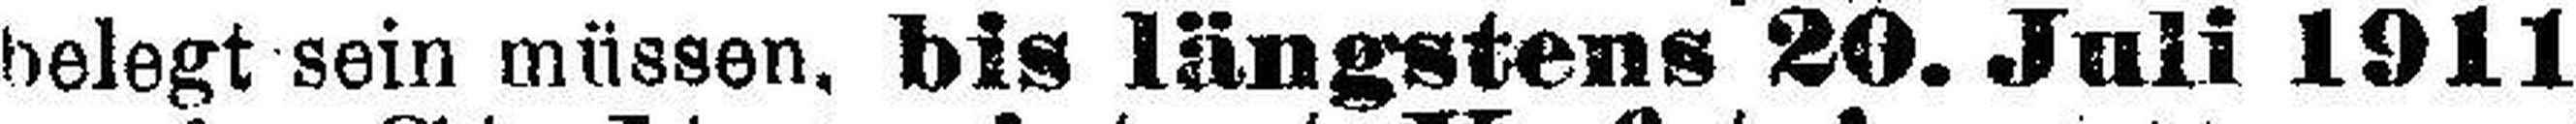
belegt sein müssen, bis längstens 20. Juli 1911